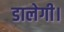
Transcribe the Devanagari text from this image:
डालेगी।